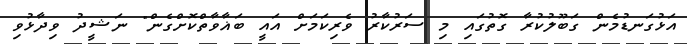
އަޅުގަނޑުމެން ގަބޫލުކުރާ ގޮތުގައި މި ސަރުކާރު ވެރިކަމަށް އައީ ބަޣާވާތްކޮށްގެން" ނަޝީދު ވިދާޅުވި